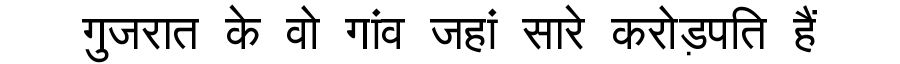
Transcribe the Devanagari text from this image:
गुजरात के वो गांव जहां सारे करोड़पति हैं